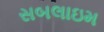
સબલાઇમ